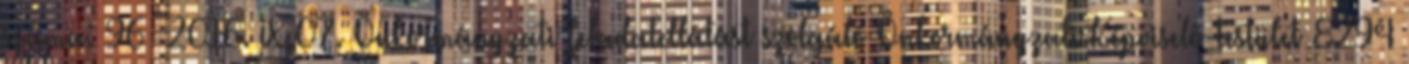
száma: 96 2016. IX.07. Önkormányzati feladatellátást szolgáló Önkormányzati Képviselő-testület 8294